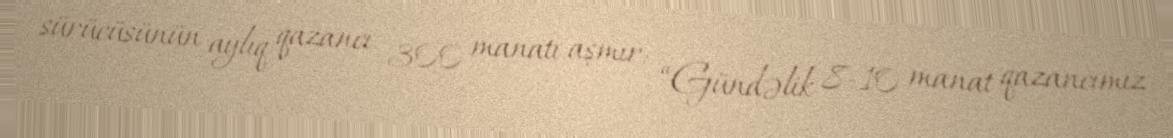
sürücüsünün aylıq qazancı 300 manatı aşmır: “Gündəlik 8-10 manat qazancımız